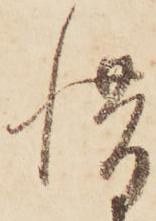
惜